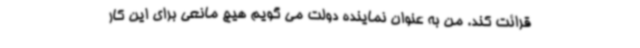
قرائت کند. من به عنوان نماینده دولت می گویم هیچ مانعی برای این کار